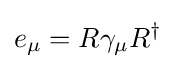
e_{\mu }=R\gamma _{\mu }R^{\dagger }